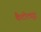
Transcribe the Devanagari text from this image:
कैटीट्यूड